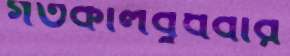
গতকালবুধবার